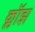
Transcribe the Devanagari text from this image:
क्लॉझ